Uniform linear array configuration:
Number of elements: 16
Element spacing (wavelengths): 0.5
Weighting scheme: cosine
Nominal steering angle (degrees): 60
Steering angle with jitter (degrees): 61.205
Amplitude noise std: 0.05
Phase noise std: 0.05

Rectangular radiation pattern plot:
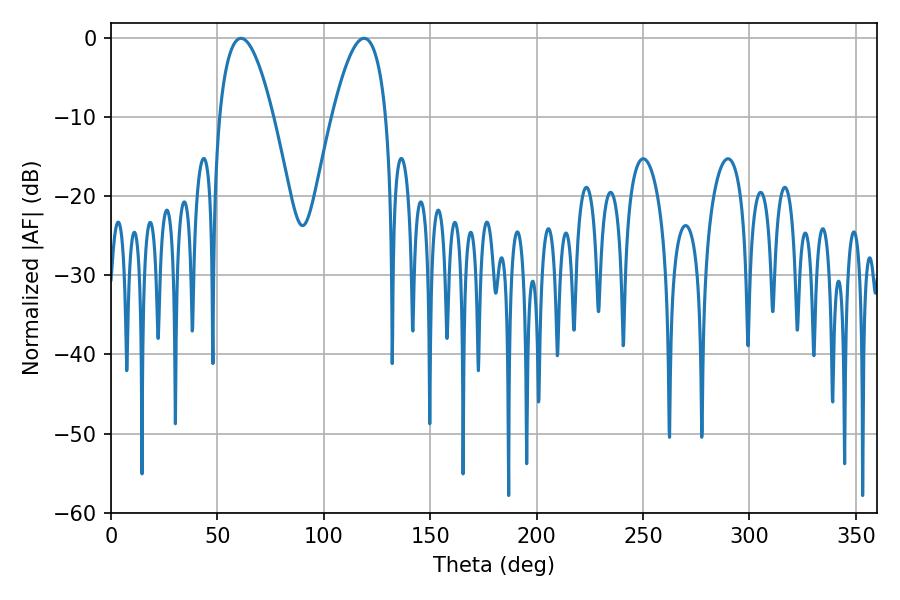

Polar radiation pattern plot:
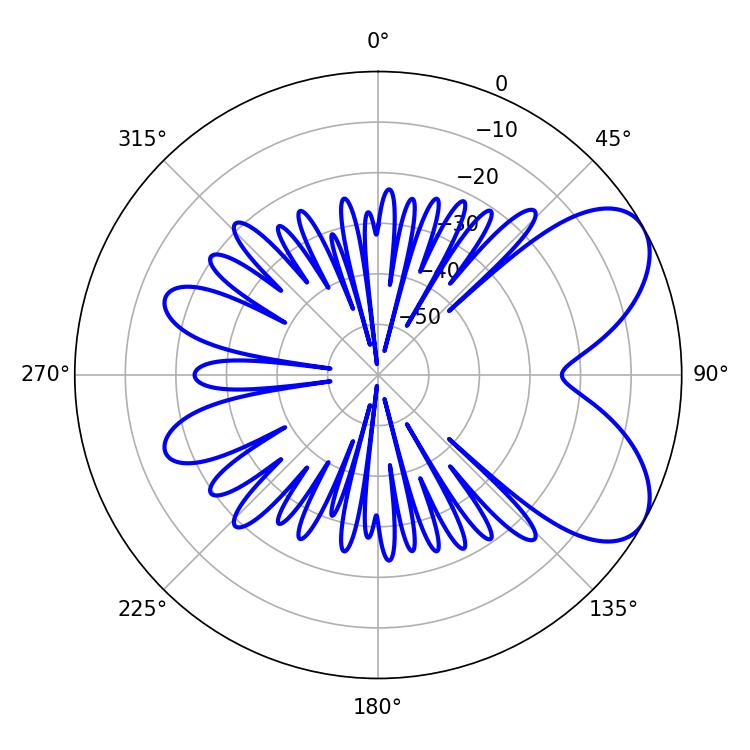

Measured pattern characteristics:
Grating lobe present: FALSE
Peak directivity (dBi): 6.455
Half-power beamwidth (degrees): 14.04
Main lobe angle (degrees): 61.02